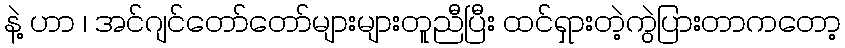
နဲ့ ဟာ ၊ အင်ဂျင်တော်တော်များများတူညီပြီး ထင်ရှားတဲ့ကွဲပြားတာကတော့